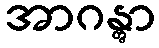
အာဂန္တွာ